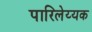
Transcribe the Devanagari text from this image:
पारिलेय्यक